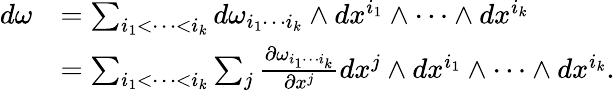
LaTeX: \begin{array}{rl}{d\omega}&{=\sum_{i_{1}<\cdots<i_{k}}d\omega_{i_{1}\cdots i_{k}}\wedge dx^{i_{1}}\wedge\cdots\wedge dx^{i_{k}}}\\ &{=\sum_{i_{1}<\cdots<i_{k}}\sum_{j}\frac{\partial\omega_{i_{1}\cdots i_{k}}}{\partial x^{j}}dx^{j}\wedge dx^{i_{1}}\wedge\cdots\wedge dx^{i_{k}}.}\end{array}